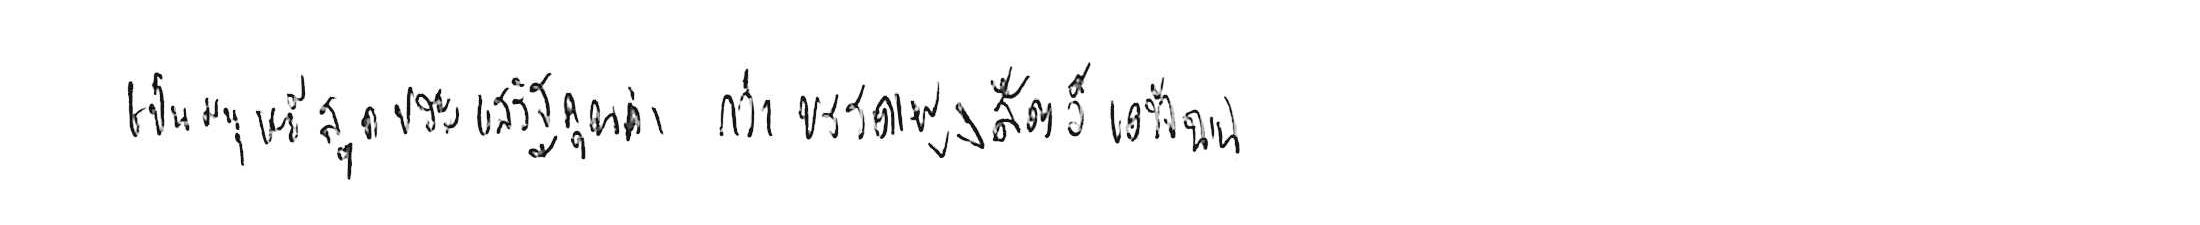
เป็นมนุษย์สุดประเสริฐเลิศคุณค่า กว่าบรรดาฝูงสัตว์เดรัจฉาน